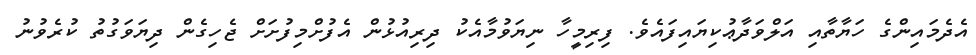
އެދެމައިންގެ ހަޔާތާއި އަލްވަދާޢުކިޔައިފައެވެ. ފިރިމީހާ ނިޔަވުމާއެކު ދިރިއުޅުން އެފުށްމިފުށަށް ޖެހިގެން ދިޔަވަގުތު ކުރެވުނު